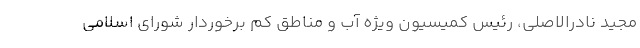
مجید نادرالاصلی، رئیس کمیسیون ویژه آب و مناطق کم برخوردار شورای اسلامی